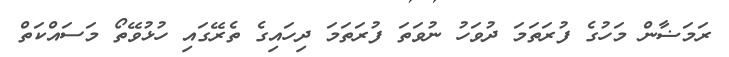
ރަމަޟާން މަހުގެ ފުރަތަމަ ދުވަހު ނުވަތަ ފުރަތަމަ ދިހައިގެ ތެރޭގައި ހުޅުވޭތޯ މަސައްކަތް